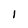
Character: I